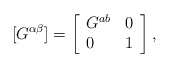
\begin{align*}[G^{\alpha \beta}] = \left[ \begin{array}{lr} G^{ab} & 0 \\0 & 1 \end{array} \right],\end{align*}